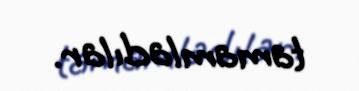
tamamladılar.